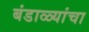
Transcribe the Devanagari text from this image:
बंडाळ्यांचा